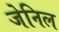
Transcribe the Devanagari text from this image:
जेनिल